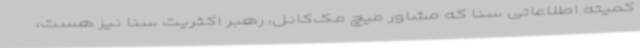
کمیته اطلاعاتی سنا که مشاور میچ مک‌کانل، رهبر اکثریت سنا نیز هست،